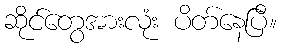
ဆိုင်တွေအားလုံး ပိတ်နေပြီ။